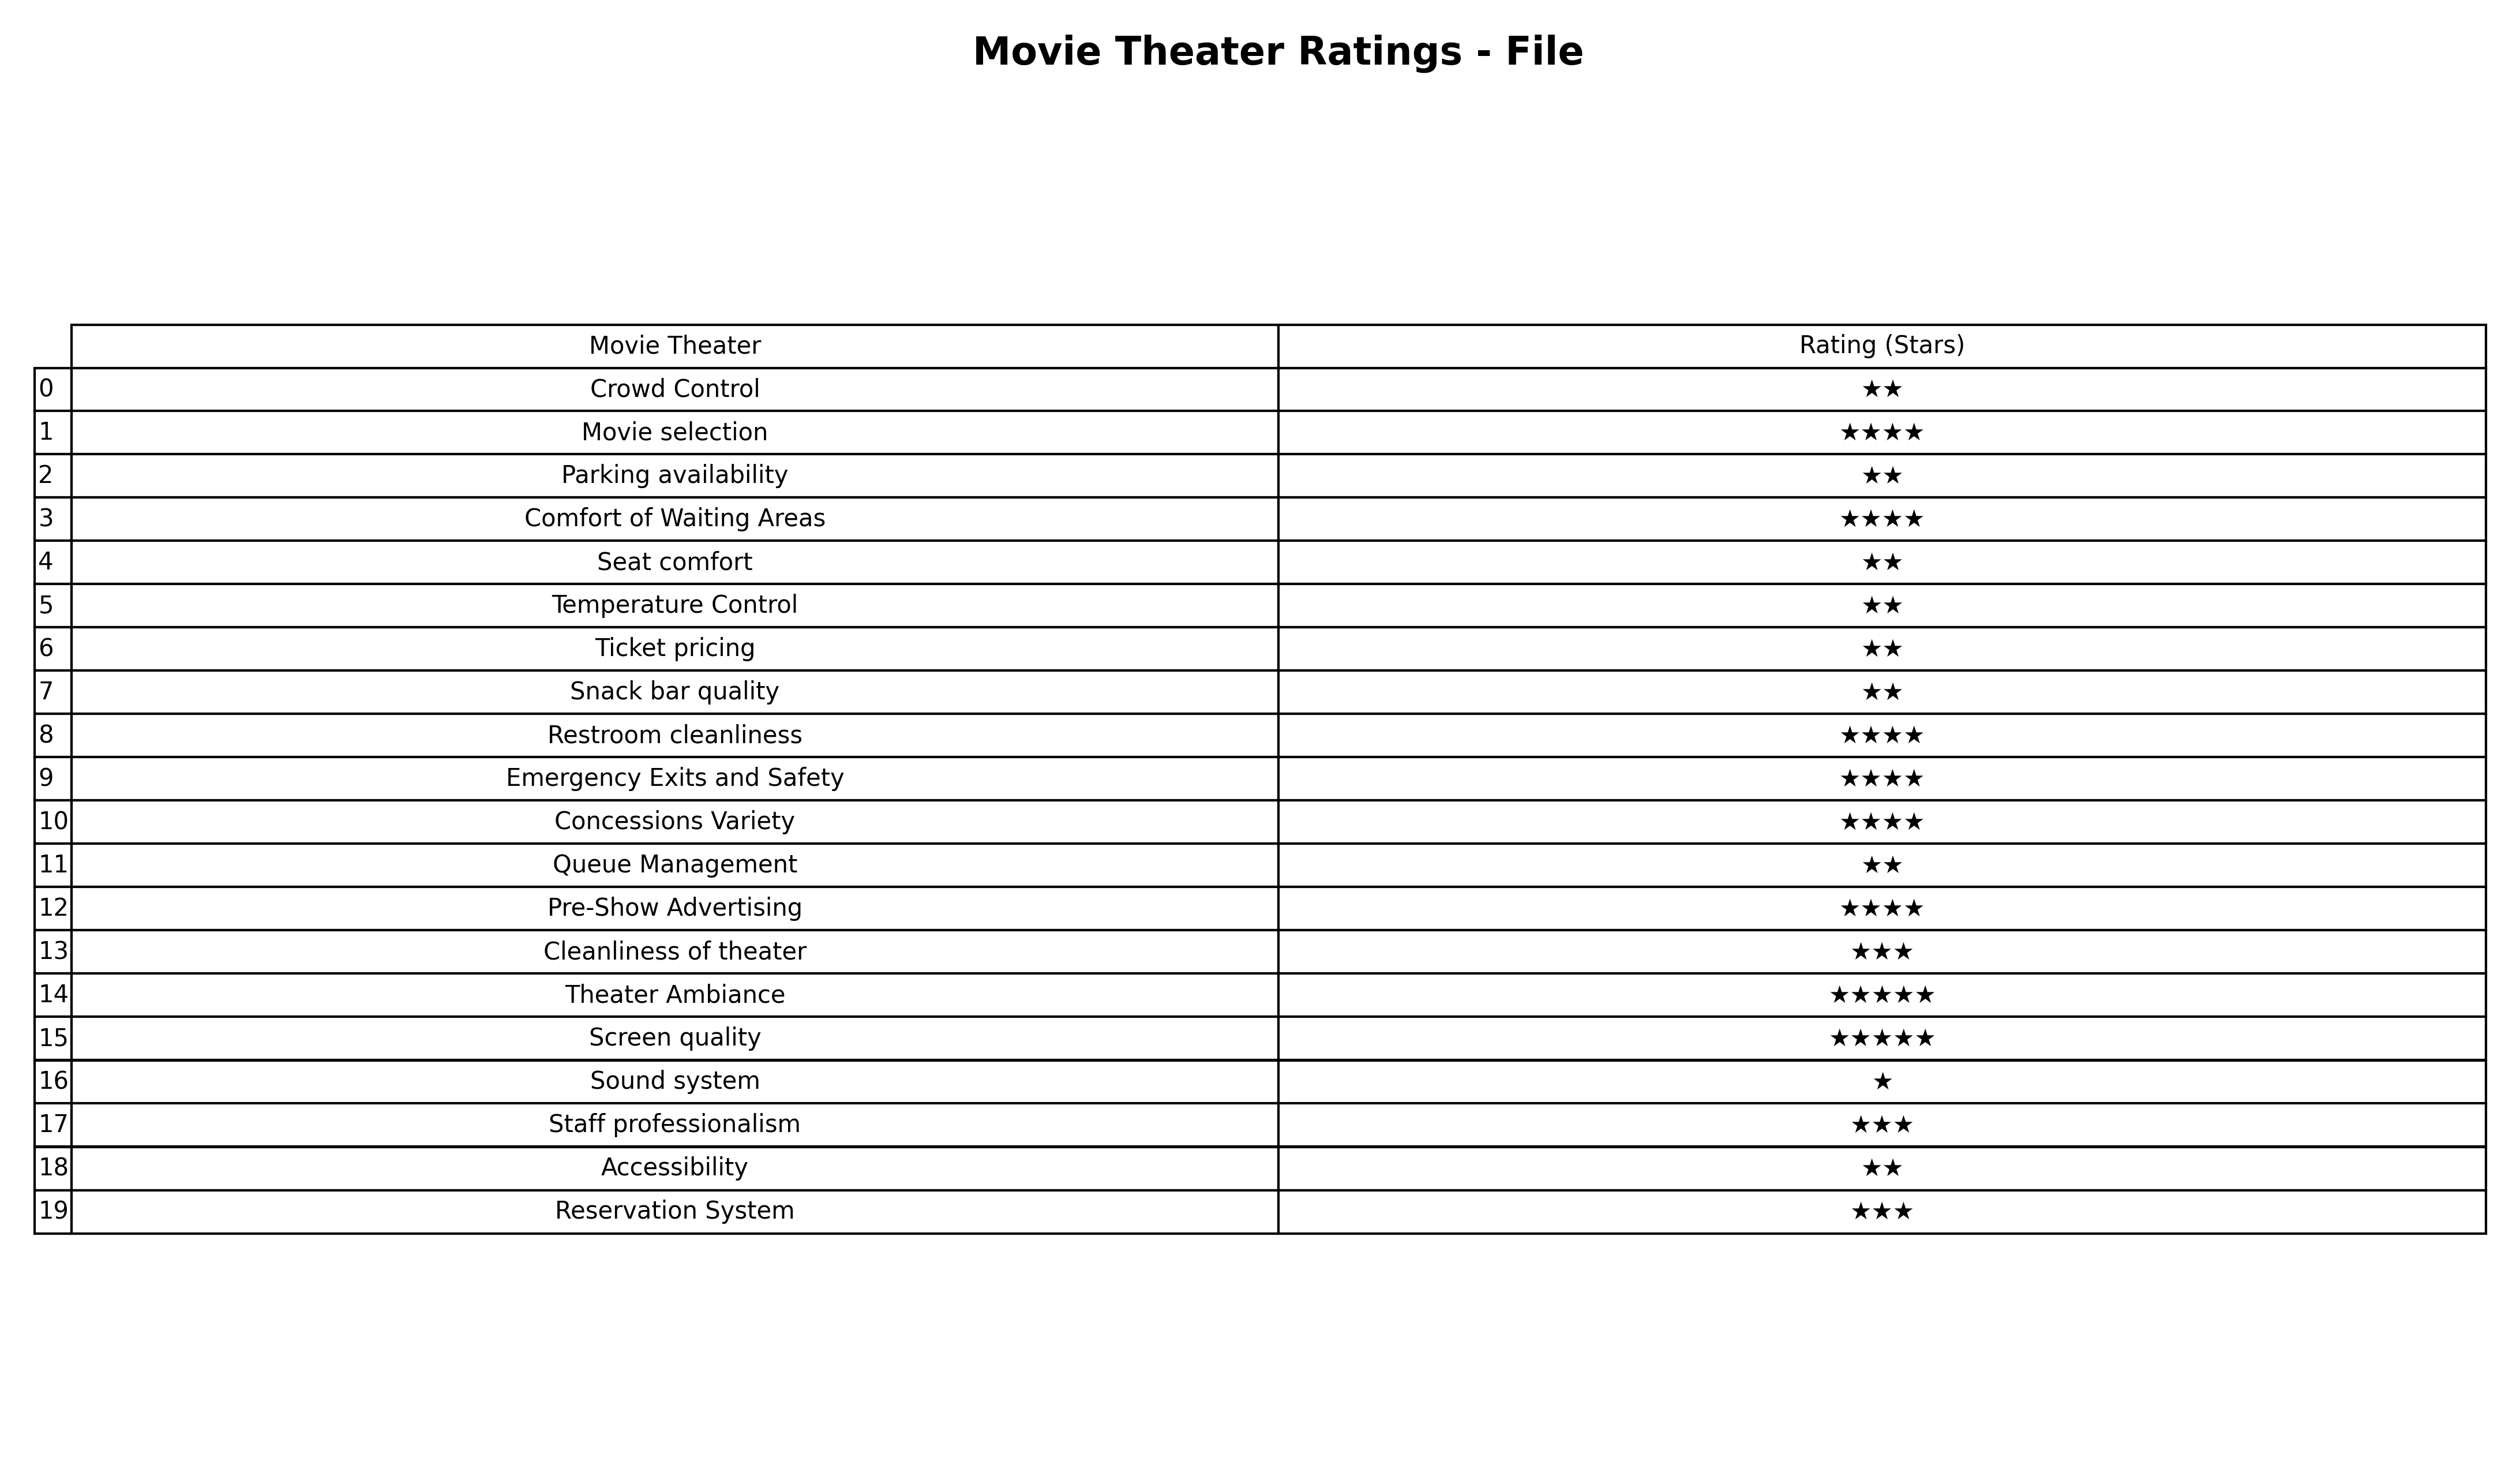
question: What are five star services?
answer: Theater AmbianceScreen quality